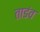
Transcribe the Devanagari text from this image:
ताडंव